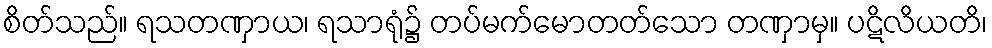
စိတ်သည်။ ရသတဏှာယ၊ ရသာရုံ၌ တပ်မက်မောတတ်သော တဏှာမှ။ ပဋိလိယတိ၊